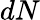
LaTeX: dN